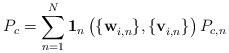
LaTeX: \begin{align*}P_c = \sum^{N}_{n=1}\mathbf{1}_n\left(\{\mathbf{w}^{}_{i,n}\},\{\mathbf{v}^{}_{i,n}\}\right)P_{c,n}\end{align*}